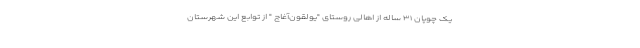
یک چوپان ۳۱ ساله از اهالی روستای "یولقون‌آغاج " از توابع این شهرستان